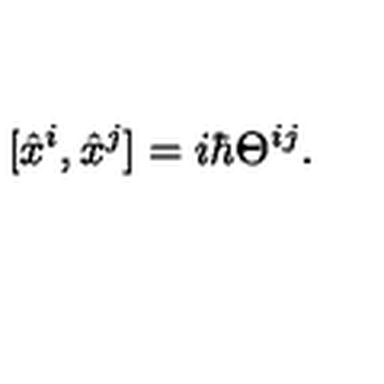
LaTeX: [ \hat { x } ^ { i } , \hat { x } ^ { j } ] = i \hbar \Theta ^ { i j } .